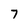
Character: 7